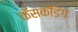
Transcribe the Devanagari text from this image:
कॅसकॅडिंग